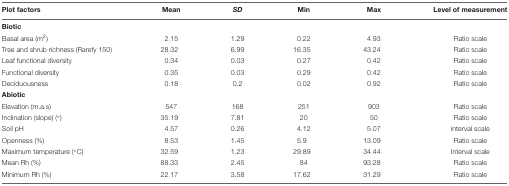
<table><thead><tr><td><b>Plot factors</b></td><td><b>Mean</b></td><td><b><i>SD</i></b></td><td><b>Min</b></td><td><b>Max</b></td><td><b>Level of measurement</b></td></tr></thead><tbody><tr><td><b>Biotic</b></td><td></td><td></td><td></td><td></td><td></td></tr><tr><td>Basal area (m<sup>2</sup>)</td><td>2.15</td><td>1.29</td><td>0.22</td><td>4.93</td><td>Ratio scale</td></tr><tr><td>Tree and shrub richness (Rarefy 150)</td><td>28.32</td><td>6.99</td><td>16.35</td><td>43.24</td><td>Ratio scale</td></tr><tr><td>Leaf functional diversity</td><td>0.34</td><td>0.03</td><td>0.27</td><td>0.42</td><td>Ratio scale</td></tr><tr><td>Functional diversity</td><td>0.35</td><td>0.03</td><td>0.29</td><td>0.42</td><td>Ratio scale</td></tr><tr><td>Deciduousness</td><td>0.18</td><td>0.2</td><td>0.02</td><td>0.92</td><td>Ratio scale</td></tr><tr><td><b>Abiotic</b></td><td></td><td></td><td></td><td></td><td></td></tr><tr><td>Elevation (m.a.s)</td><td>547</td><td>168</td><td>251</td><td>903</td><td>Ratio scale</td></tr><tr><td>Inclination (slope) (°)</td><td>35.19</td><td>7.81</td><td>20</td><td>50</td><td>Ratio scale</td></tr><tr><td>Soil pH</td><td>4.57</td><td>0.26</td><td>4.12</td><td>5.07</td><td>interval scale</td></tr><tr><td>Openness (%)</td><td>8.53</td><td>1.45</td><td>5.9</td><td>13.09</td><td>Ratio scale</td></tr><tr><td>Maximum temperature (°C)</td><td>32.59</td><td>1.23</td><td>29.89</td><td>34.44</td><td>Interval scale</td></tr><tr><td>Mean Rh (%)</td><td>88.33</td><td>2.45</td><td>84</td><td>93.28</td><td>Ratio scale</td></tr><tr><td>Minimum Rh (%)</td><td>22.17</td><td>3.58</td><td>17.62</td><td>31.29</td><td>Ratio scale</td></tr></tbody></table>